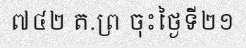
៧៤២ ត.ព្រ ចុះថ្ងៃទី២១